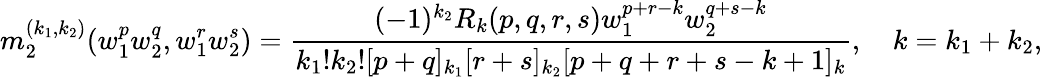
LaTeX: m_{2}^{(k_{1},k_{2})}(w_{1}^{p}w_{2}^{q},w_{1}^{r}w_{2}^{s})=\frac{(-1)^{k_{2}}R_{k}(p,q,r,s)w_{1}^{p+r-k}w_{2}^{q+s-k}}{k_{1}!k_{2}![p+q]_{k_{1}}[r+s]_{k_{2}}[p+q+r+s-k+1]_{k}},\quad k=k_{1}+k_{2},